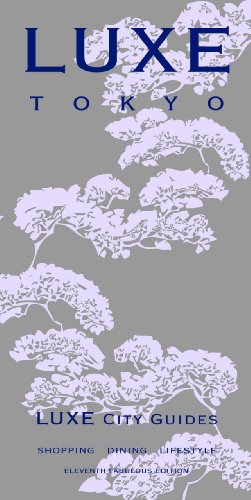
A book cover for LUXE Tokyo (Luxe City Guides); LUXE City Guides; Travel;